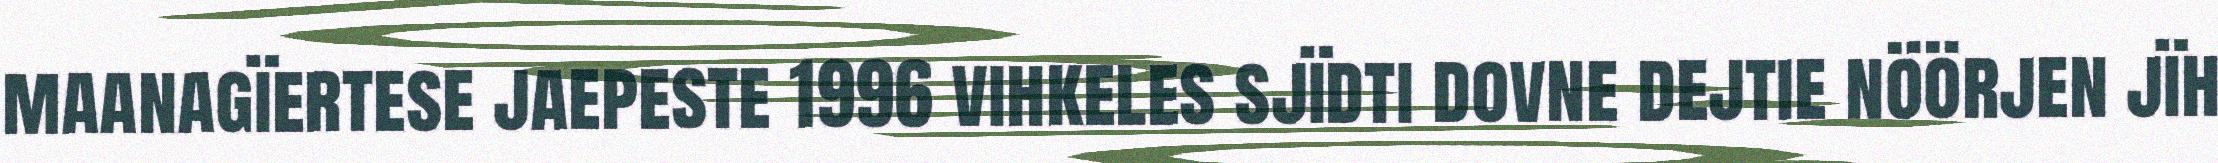
maanagïertese jaepeste 1996 vihkeles sjïdti dovne dejtie nöörjen jïh